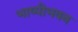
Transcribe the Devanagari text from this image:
भाष्पीभवन